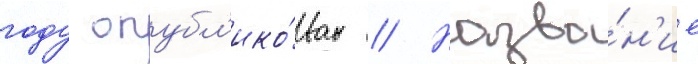
году опубл'ико́ван // Назва́н'ие